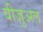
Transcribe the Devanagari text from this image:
वीज़ुअल